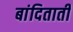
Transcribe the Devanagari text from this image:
बांदिताती